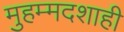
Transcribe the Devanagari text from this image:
मुहम्मदशाही